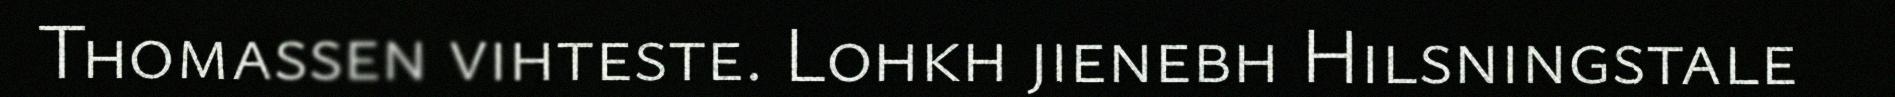
Thomassen vihteste. Lohkh jienebh Hilsningstale